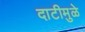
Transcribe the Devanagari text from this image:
दाटीमुळे